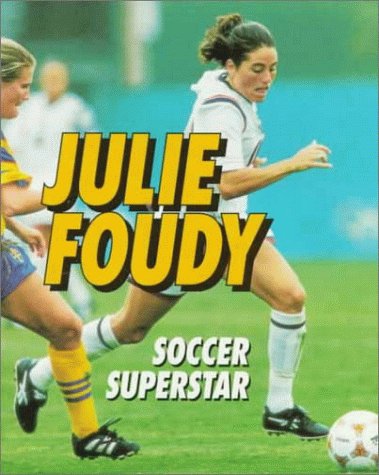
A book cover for Julie Foudy: Soccer Superstar (Sports Achievers Biographies); Jeff Savage; Children's Books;